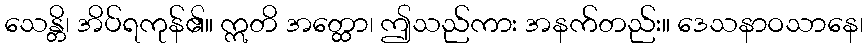
သေန္တိ၊ အိပ်ရကုန်၏။ ဣတိ အတ္ထော၊ ဤသည်ကား အနက်တည်း။ ဒေသနာဝသာနေ၊